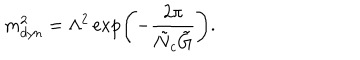
m _ { d y n } ^ { 2 } = \Lambda ^ { 2 } \exp \left( - \frac { 2 \pi } { \tilde { N } _ { c } \tilde { G } } \right) .